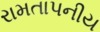
રામતાપનીય